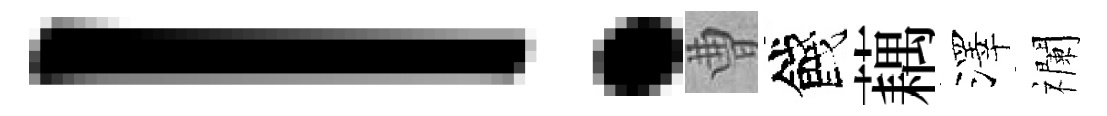
！曹餞藕澤襴